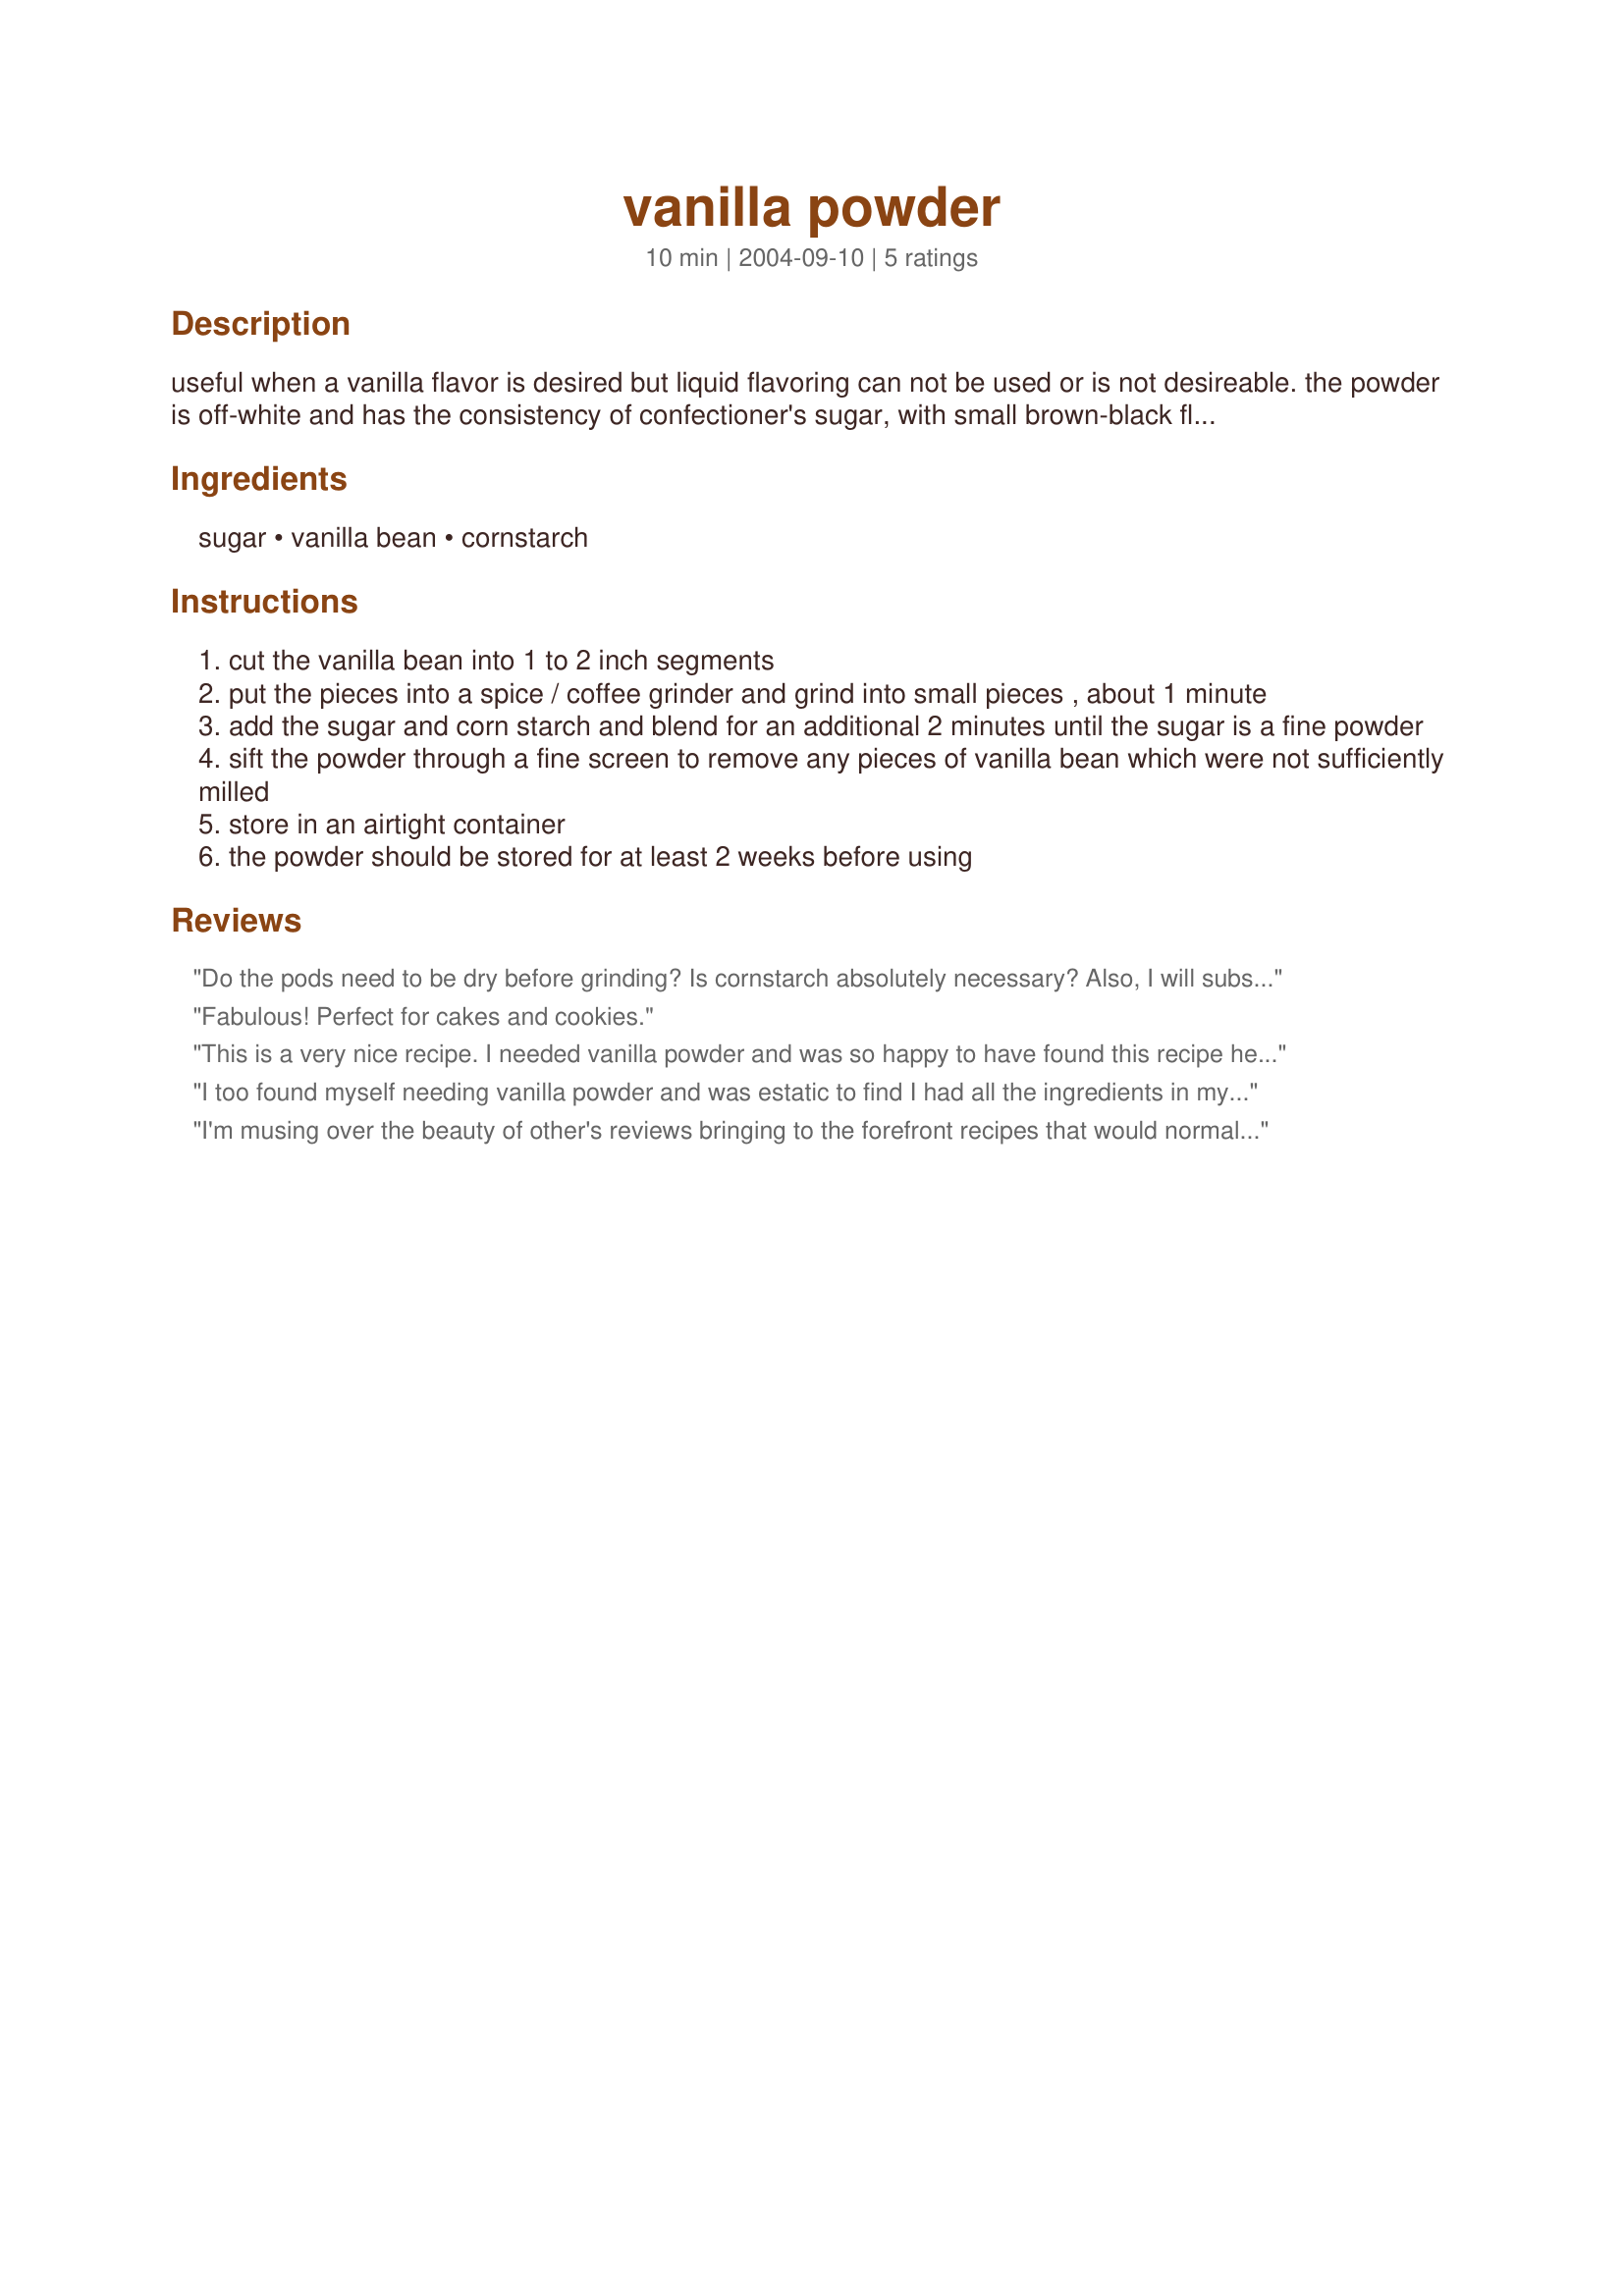
vanilla powder
Preparation time: 10 minutes

useful when a vanilla flavor is desired but liquid flavoring can not be used or is not desireable. the powder is off-white and has the consistency of confectioner's sugar, with small brown-black flecks of vanilla. great for sprinkling on desserts, drinks, and much more or for making pre-mixed baking mixes for cookies, cakes, and so forth. also great for homemade vanilla ice cream because it adds little vanilla specks.

Ingredients:
sugar, vanilla bean, cornstarch

Steps:
cut the vanilla bean into 1 to 2 inch segments
put the pieces into a spice / coffee grinder and grind into small pieces , about 1 minute
add the sugar and corn starch and blend for an additional 2 minutes until the sugar is a fine powder
sift the powder through a fine screen to remove any pieces of vanilla bean which were not sufficiently milled
store in an airtight container
the powder should be stored for at least 2 weeks before using

Reviews:
Do the pods need to be dry before grinding? Is cornstarch absolutely necessary? Also, I will substitute coconut sugar for white sugar.
Fabulous! Perfect for cakes and cookies.
This is a very nice recipe. I needed vanilla powder and was so happy to have found this recipe here at Zaar. Made for a christmas gift and I also made me one to keep :)
Thanks for sharing the recipe. I will be keeping this recipe for the future :)
I too found myself needing vanilla powder and was estatic to find I had all the ingredients in my cabinet. This Vanilla Powder is much better than any I have purchased commercially. Thanks for sharing Catfish Charlie!!
I'm musing over the beauty of other's reviews bringing to the forefront recipes that would normally go unnoticed. Last night's sleep barely found me while anticipating making this recipe. Oh, the endless confections to be made using vanilla powder that has yet to be hatched in my imagination!
